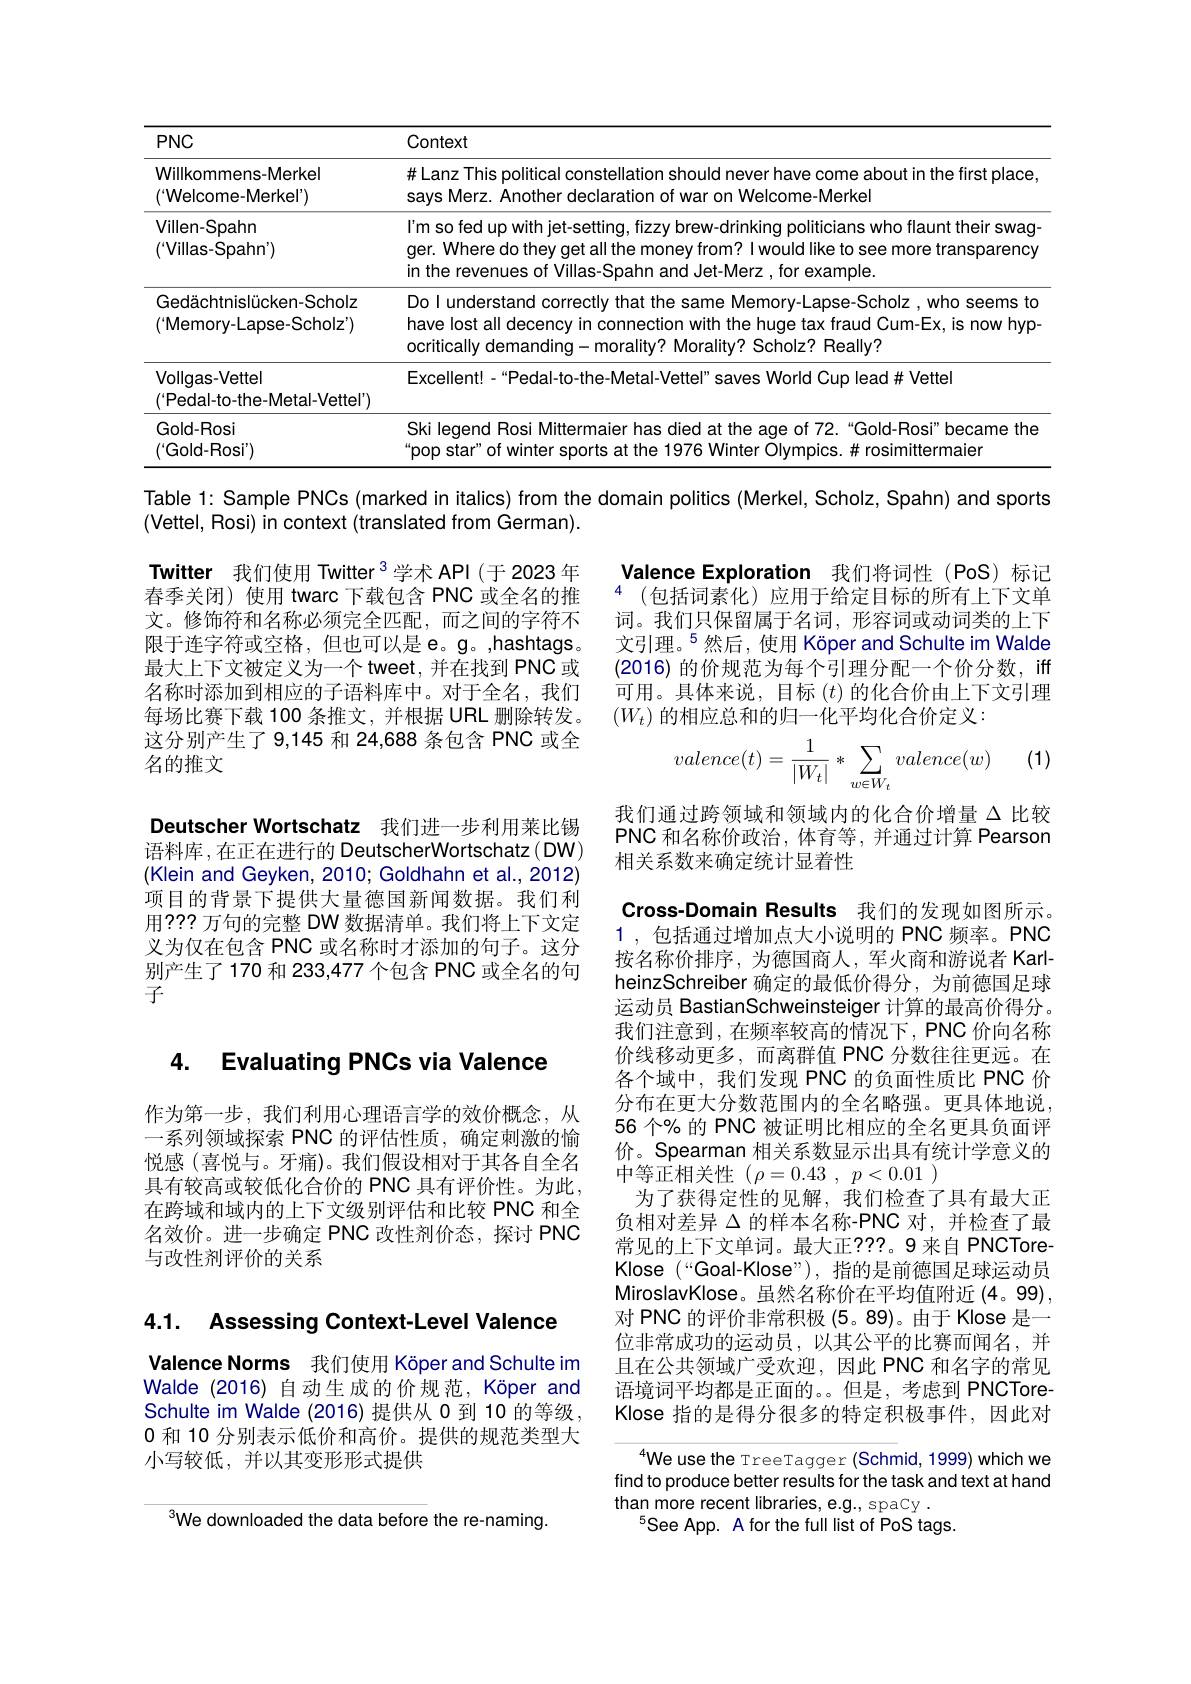
<table>
	<tbody>
		<tr>
			<th>$PNC$</th>
			<th>Context</th>
		</tr>
		<tr>
			<td>Willkommens-Merkel $(^{\prime}$Welcome-Merkel')</td>
			<td>#Lanz This political constellation should never have come about in the first place, says Merz. Another declaration of war on Welcome-Merkel</td>
		</tr>
		<tr>
			<td>Villen-Spahn (Villas-Spahn')</td>
			<td>I'm so fed up with jet-setting, fizzy brew-drinking politicians who flaunt their swag ger. Where do they get all the money from? I would like to see more transparency in the revenues of Villas-Spahn and Jet-Merz, for example.</td>
		</tr>
		<tr>
			<td>Gedächtnislücken-Scholz (Memory-Lapse-Scholz')</td>
			<td>Do I understand correctly that the same Memory-Lapse-Scholz,who seems to have lost all decency in connection with the huge tax fraud Cum-Ex, is now hyp ocritically demanding- morality? Morality? Scholz? Really?</td>
		</tr>
		<tr>
			<td>Vollgas-Vettel (Pedal-to-the-Metal-Vettel')</td>
			<td>Excellent! -“Pedal-to-the-Metal-Vettel" saves World Cup lead# Vettel</td>
		</tr>
		<tr>
			<td>Gold-Rosi $( ^{\prime }$Gold- Ros$i^{\prime })$</td>
			<td>Ski legend Rosi Mittermaier has died at the age of 72.“Gold-Rosi" became the 'pop star" of winter spo nrfo S Winter Olympics. # rosimittermaier</td>
		</tr>
	</tbody>
</table>

Table 1: Sample PNCs (marked in italics) from the domain politics (Merkel, Scholz, Spahn) and sports
(Vettel, Rosi) in context (translated from German).

Valence Exploration 我们将词性(PoS)标记$^{4}$ $( \bar{\text{包 括 词 素 化 ) 应 用 于 给 定 目 标 的 所 有 上 下 文 单 }}$

词。我们只保留属于名词，形容词或动词类的上下文引理。$^{5}$然后，使用 Köper and Schulte im Walde (2016)的价规范为每个引理分配一个价分数，iff 可用。具体来说，目标$(t)$的化合价由上下文引理$(W_t)$ 的相应总和的归一化平均化合价定义：

Twitter 我们使用 Twitter$^{3}$学术 API(于2023年1春季关闭) 使用 twarc 下载包含 PNC 或全名的推文。修饰符和名称必须完全匹配，而之间的字符不限于连字符或空格，但也可以是 e。g。,hashtags。最大上下文被定义为一个 tweet, 并在找到 PNC 或名称时添加到相应的子语料库中。对于全名，我们每场比赛下载 100 条推文，并根据 URL 删除转发。这分别产生了9，145 和 24,688 条包含 PNC 或全名的推文

(1)
$$valence(t)=\frac{1}{|W_t|}*\sum_{w\in W_t}valence(w)$$
我们通过跨领域和领域内的化合价增量$\Delta$比较PNC 和名称价政治，体育等，并通过计算 Pearson 相关系数来确定统计显着性

Deutscher Wortschatz 我们进一步利用莱比锡语料库，在正在进行的 DeutscherWortschatz(DW) (Klein and Geyken, 2010; Goldhahn et al., 2012) 项目的背景下提供大量德国新闻数据。我们利用？?? 万句的完整 DW 数据清单。我们将上下文定义为仅在包含 PNC 或名称时才添加的句子。这分别产生了170 和 233,477 个包含 PNC 或全名的句子

Cross-Domain Results 我们的发现如图所示。

### 4. Evaluating PNCs via Valence

1 ,包括通过增加点大小说明的 PNC 频率。PNC 按名称价排序，为德国商人，军火商和游说者 Karle heinzSchreiber 确定的最低价得分，为前德国足球运动员 BastianSchweinsteiger 计算的最高价得分。我们注意到，在频率较高的情况下，PNC 价向名称价线移动更多，而离群值 PNC 分数往往更远。在各个域中，我们发现 PNC 的负面性质比 PNC 价分布在更大分数范围内的全名略强。更具体地说， 56 个% 的 PNC 被证明比相应的全名更具负面评价。Spearman 相关系数显示出具有统计学意义的中等正相关性($\rho=0.43,p<0.01)$
为了获得定性的见解，我们检查了具有最大正负相对差异$\Delta$的样本名称-PNC 对，并检查了最常见的上下文单词。最大正？??。9 来自 PNCToreKlose (“Goal-Klose”),指的是前德国足球运动员MiroslavKlose。虽然名称价在平均值附近 (4。99) , 对 PNC 的评价非常积极 (5。89)。由于 Klose 是一位非常成功的运动员，以其公平的比赛而闻名，并且在公共领域广受欢迎，因此 PNC 和名字的常见语境词平均都是正面的。但是，考虑到 PNCToreKlose 指的是得分很多的特定积极事件，因此对

作为第一步，我们利用心理语言学的效价概念，从一系列领域探索 PNC 的评估性质，确定刺激的愉悦感(喜悦与。牙痛)。我们假设相对于其各自全名具有较高或较低化合价的 PNC 具有评价性。为此在跨域和域内的上下文级别评估和比较 PNC 和全名效价。进一步确定 PNC 改性剂价态，探讨 PNC 与改性剂评价的关系

### 4.1. Assessinq Context-Level Valence

Valence Norms 我们使用 Köper and Schulte im Walde (2016) 自动生成的价规范，Köper and Schulte im Walde (2016)提供从 0 到 10 的等级， 0 和 10 分别表示低价和高价。提供的规范类型大小写较低，并以其变形形式提供

We use the TreeTagger (Schmid, 1999) which we find to produce better results for the task and text at hand than more recent libraries, e.g., spacy .
$^{5}$See App. A for the full list of PoS tags.

$^{3}$We downloaded the data before the re-naming.